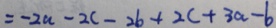
= - 2 a - 2 c - 2 b + 2 c + 3 a - b